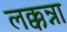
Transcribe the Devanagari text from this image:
लक्कन्ना